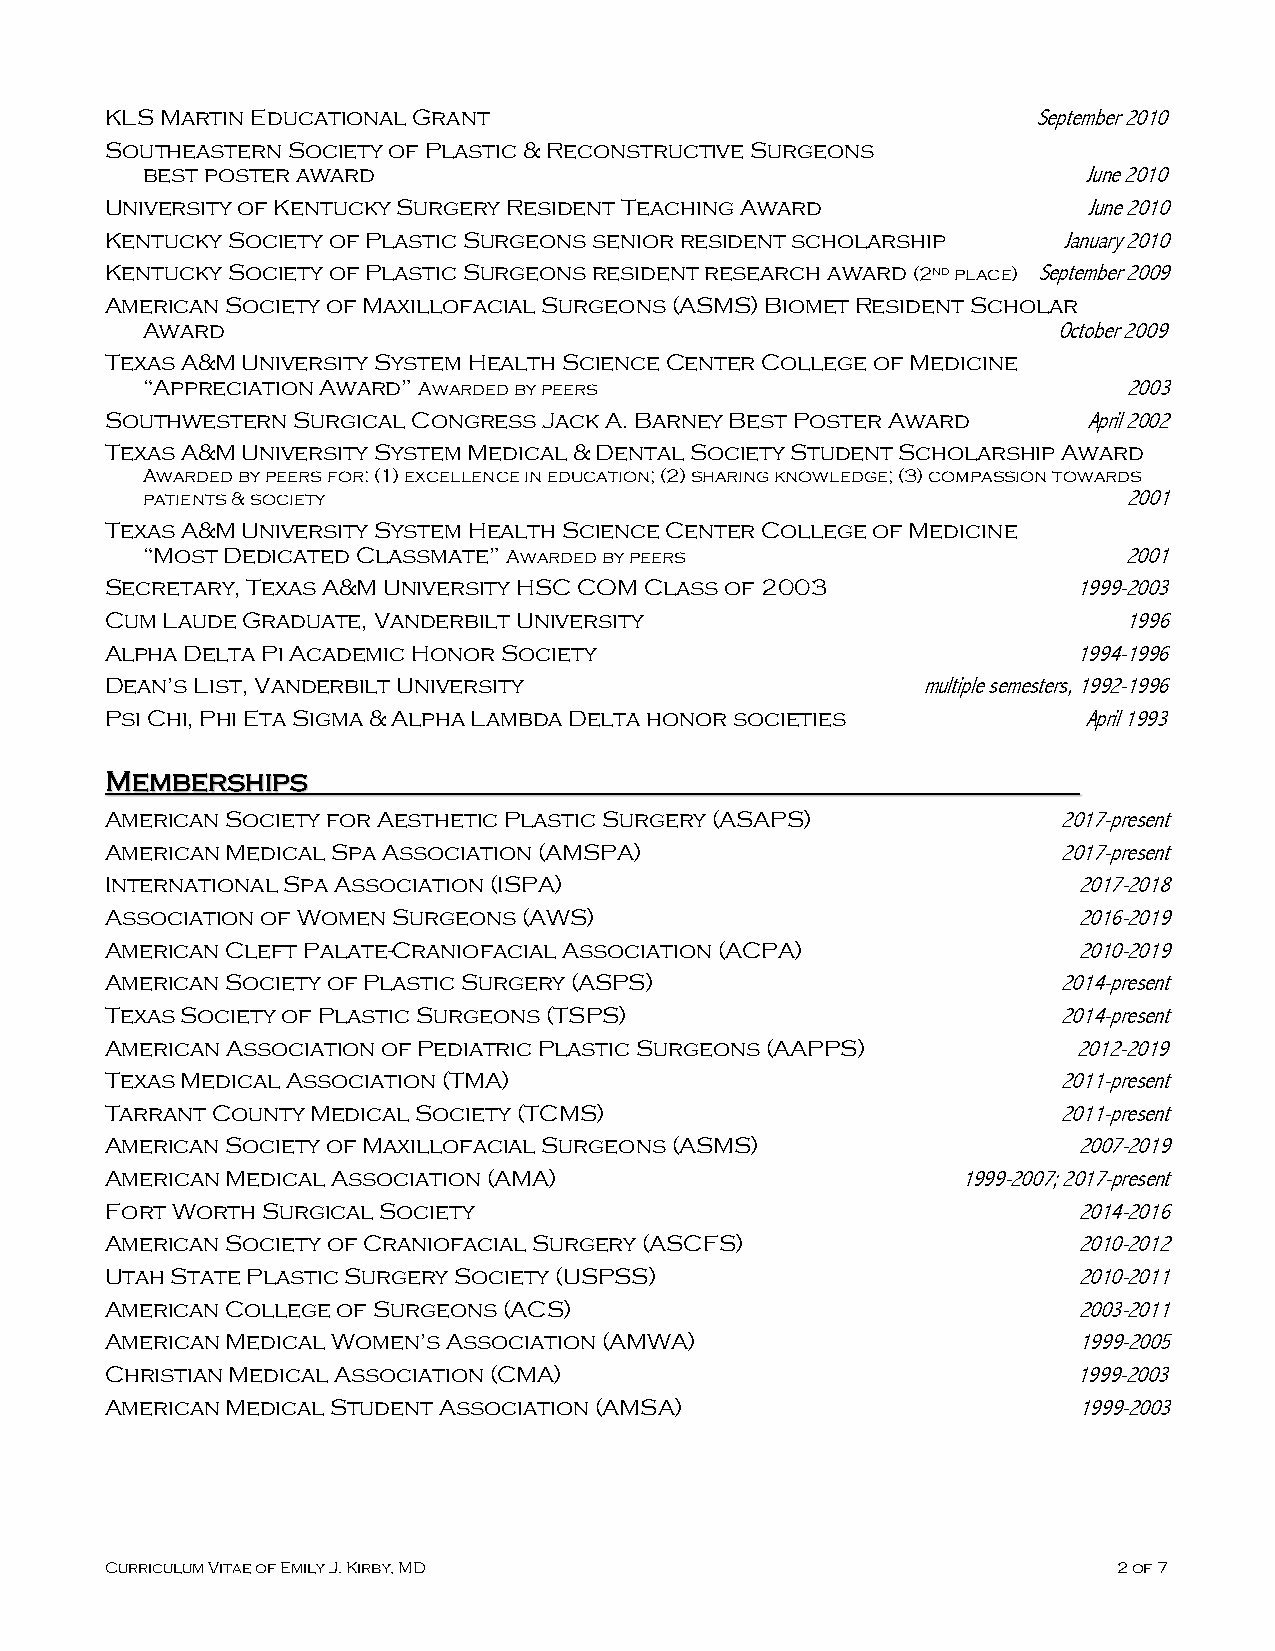
KLS Martin Educational Grant                                  September 2010
 Southeastern Society of Plastic & Reconstructive Surgeons
 best poster award                                              June 2010
 University of Kentucky Surgery Resident Teaching Award           June 2010
 Kentucky Society of Plastic Surgeons senior resident scholarship January 2010
 Kentucky Society of Plastic Surgeons resident research award (2nd place) September 2009
 American Society of Maxillofacial Surgeons (ASMS) Biomet Resident Scholar
 Award                                                        October 2009
 Texas A&M University System Health Science Center College of Medicine
 “Appreciation Award” Awarded by peers                             2003
 Southwestern Surgical Congress Jack A. Barney Best Poster Award  April 2002
 Texas A&M University System Medical & Dental Society Student Scholarship Award
 Awarded by peers for: (1) excellence in education; (2) sharing knowledge; (3) compassion towards
 patients & society                                                2001
 Texas A&M University System Health Science Center College of Medicine
 “Most Dedicated Classmate” Awarded by peers                      2001
 Secretary, Texas A&M University HSC COM Class of 2003           1999-2003
 Cum Laude Graduate, Vanderbilt University                          1996
 Alpha Delta Pi Academic Honor Society                           1994-1996
 Dean’s List, Vanderbilt University                    multiple semesters, 1992-1996
 Psi Chi, Phi Eta Sigma & Alpha Lambda Delta honor societies      April 1993
 Memberships
 American Society for Aesthetic Plastic Surgery (ASAPS)         2017-present
 American Medical Spa Association (AMSPA)                       2017-present
 International Spa Association (ISPA)                            2017-2018
 Association of Women Surgeons (AWS)                             2016-2019
 American Cleft Palate-Craniofacial Association (ACPA)           2010-2019
 American Society of Plastic Surgery (ASPS)                     2014-present
 Texas Society of Plastic Surgeons (TSPS)                       2014-present
 American Association of Pediatric Plastic Surgeons (AAPPS)      2012-2019
 Texas Medical Association (TMA)                                2011-present
 Tarrant County Medical Society (TCMS)                          2011-present
 American Society of Maxillofacial Surgeons (ASMS)               2007-2019
 American Medical Association (AMA)                       1999-2007; 2017-present
 Fort Worth Surgical Society                                     2014-2016
 American Society of Craniofacial Surgery (ASCFS)                2010-2012
 Utah State Plastic Surgery Society (USPSS)                      2010-2011
 American College of Surgeons (ACS)                              2003-2011
 American Medical Women’s Association (AMWA)                     1999-2005
 Christian Medical Association (CMA)                             1999-2003
 American Medical Student Association (AMSA)                     1999-2003
 Curriculum Vitae of Emily J. Kirby, MD                             2 of 7